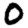
Digit: 0